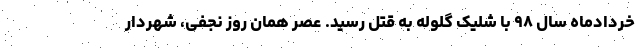
خردادماه سال ۹۸ با شلیک گلوله به قتل رسید. عصر همان روز نجفی، شهردار